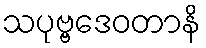
သပုဗ္ဗဒေဝတာနိ